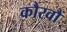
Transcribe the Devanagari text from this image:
कौरवौं